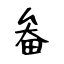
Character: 畚